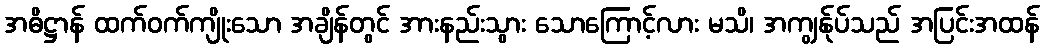
အဓိဋ္ဌာန် ထက်ဝက်ကျိုးသော အချိန်တွင် အားနည်းသွား သောကြောင့်လား မသိ၊ အကျွန်ုပ်သည် အပြင်းအထန်